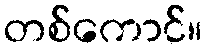
တစ်ကောင်။